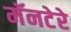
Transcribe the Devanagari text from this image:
मॅनटेरे